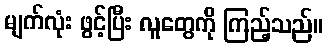
မျက်လုံး ဖွင့်ပြီး လူတွေကို ကြည့်သည်။